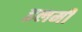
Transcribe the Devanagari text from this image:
इलमी